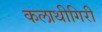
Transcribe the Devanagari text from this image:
कलाथीगिरी